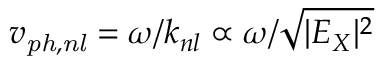
v _ { \mathit { p h , n l } } = \omega / k _ { n l } \propto \omega / \sqrt { | E _ { X } | ^ { 2 } }